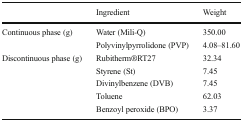
|  | Ingredient | Weight |
 | --- | --- | --- |
 | <ROWSPAN=2> Continuous phase (g) | Water (Mili-Q) | 350.00 |
 | Polyvinylpyrrolidone (PVP) | 4.08–81.60 |
 | <ROWSPAN=5> Discontinuous phase (g) | Rubitherm®RT27 | 32.34 |
 | Styrene (St) | 7.45 |
 | Divinylbenzene (DVB) | 7.45 |
 | Toluene | 62.03 |
 | Benzoyl peroxide (BPO) | 3.37 |